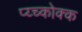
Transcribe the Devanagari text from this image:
प्य्च्कोक्क